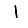
Digit: 1